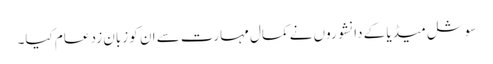
سوشل میڈیا کے دانشوروں نے کمال مہارت سے ان کو زبان زد عام کیا۔